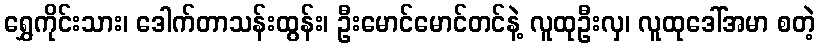
ရွှေကိုင်းသား၊ ဒေါက်တာသန်းထွန်း၊ ဦးမောင်မောင်တင်နဲ့ လူထုဦးလှ၊ လူထုဒေါ်အမာ စတဲ့